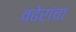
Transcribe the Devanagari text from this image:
वढेरांचा